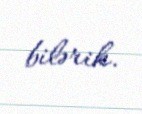
bilərik.